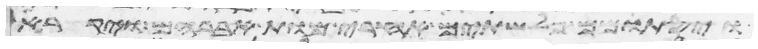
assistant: ויסתמום פלשתים אחרי מות אברהם ויקרא